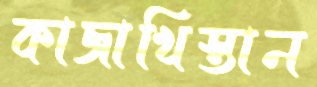
কাজাখিস্তান